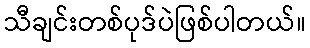
သီချင်းတစ်ပုဒ်ပဲဖြစ်ပါတယ်။